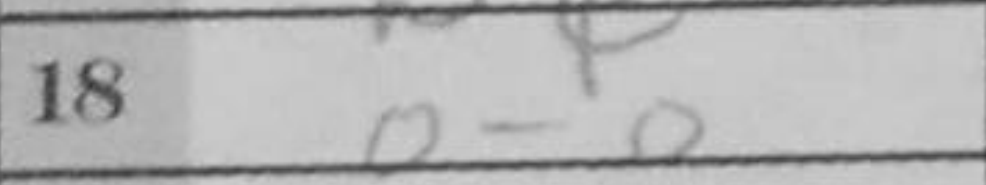
Transcription: O-O